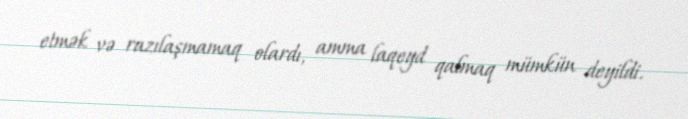
etmək və razılaşmamaq olardı, amma laqeyd qalmaq mümkün deyildi.